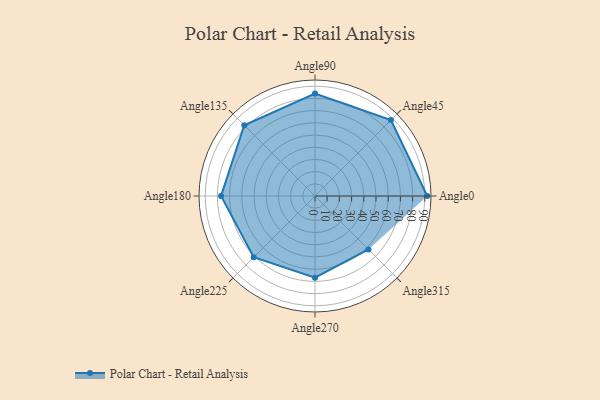
{"axis": {"x": "Angle", "y": "Radius"}, "legend": [""], "data": [{"x": "Angle0", "y": 92.0, "type": ""}, {"x": "Angle45", "y": 88.0, "type": ""}, {"x": "Angle90", "y": 84.0, "type": ""}, {"x": "Angle135", "y": 82.0, "type": ""}, {"x": "Angle180", "y": 77.0, "type": ""}, {"x": "Angle225", "y": 71.0, "type": ""}, {"x": "Angle270", "y": 67.0, "type": ""}, {"x": "Angle315", "y": 62.0, "type": ""}]}